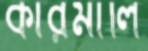
কারমালি